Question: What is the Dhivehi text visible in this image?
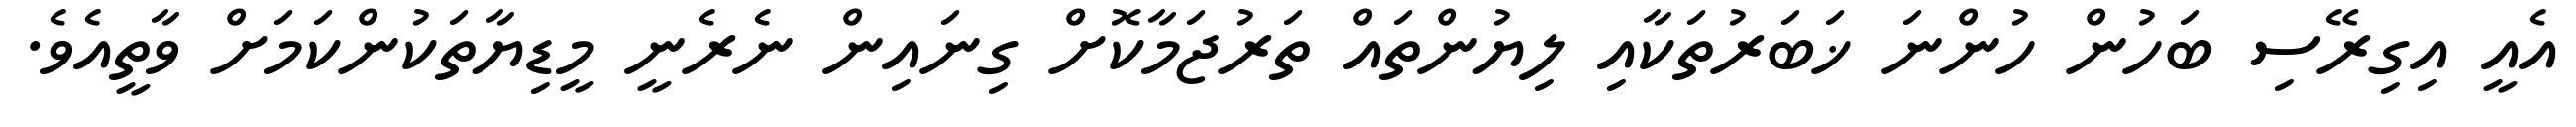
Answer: އެއީ އިގިރޭސި ބަހުން ހުންނަ ޚަބަރުތަކާއި ލިޔުންތައް ތަރުޖަމާކޮށް ގިނައިން ނެރެނީ މީޑިޔާތަކުންކަމަށް ވާތީއެވެ.